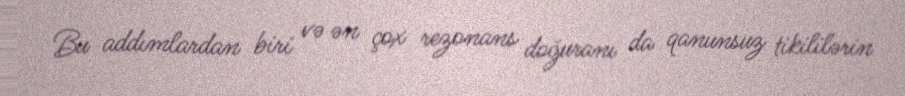
Bu addımlardan biri və ən çox rezonans doğuranı da qanunsuz tikililərin